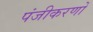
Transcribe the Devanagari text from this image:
पंजीकरणों